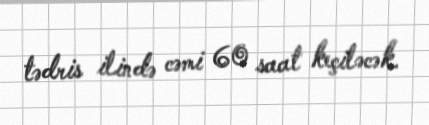
tədris ilində cəmi 60 saat keçiləcək.